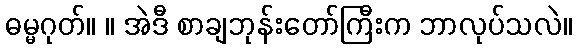
ဓမ္မဂုတ်။ ။ အဲဒီ စာချဘုန်းတော်ကြီးက ဘာလုပ်သလဲ။